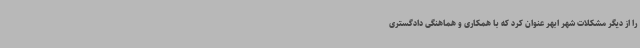
را از دیگر مشکلات شهر ابهر عنوان کرد که با همکاری و هماهنگی دادگستری